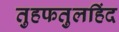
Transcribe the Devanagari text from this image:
तुहफतुलहिंद